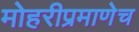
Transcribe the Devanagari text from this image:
मोहरीप्रमाणेच